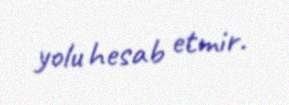
yolu hesab etmir.